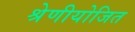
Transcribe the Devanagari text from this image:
श्रेणीयोजित